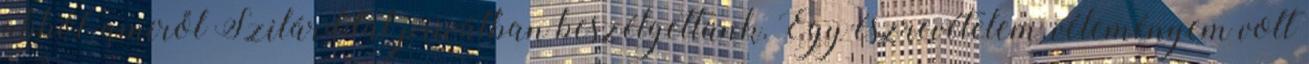
abból, amiről Szilárddal privátban beszélgettünk. Egy észrevételem, véleményem volt